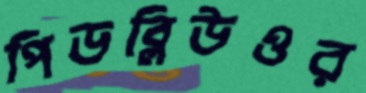
পিডব্লিউওর